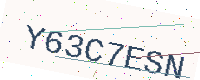
Text: Y63C7ESN